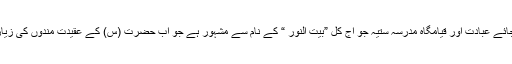
معصومہ(س) کی جائے عبادت اور قیامگاہ مدرسہ ستیہ جو آج کل ”بیت النور “ کے نام سے مشہور ہے جو اب حضرت (س) کے عقیدت مندوں کی زیارتگاہ بنی ہوئی ہے۔